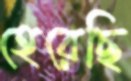
হেরেছি